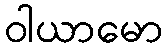
ဝါယာမော